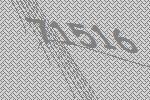
71516